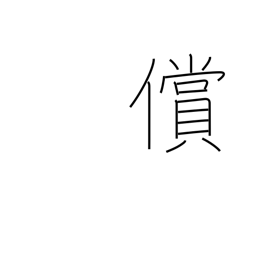
Meaning: recompense